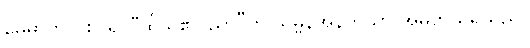
မေဓာတွင် စပ်၍ “ထိုသူ၏ပညာ”ဟု သမ္ဗန်အနက်သာ အဓိပ္ပာယ်ရသည်။